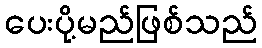
ပေးပို့မည်ဖြစ်သည်